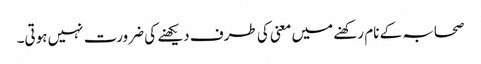
صحابہ کے نام رکھنے میں معنی کی طرف دیکھنے کی ضرورت نہیں ہوتی۔